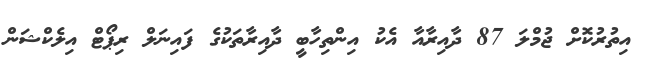
އިތުރުކޮށް ޖުމްލަ 87 ދާއިރާއާ އެކު އިންތިހާބީ ދާއިރާތަކުގެ ފައިނަލް ރިޕޯޓް އިލެކްޝަން